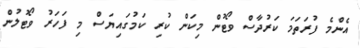
އެންމެ ފުރަތަމަ ކަރުދާސް ވޯޓުން މިކަން ކުރި ކަމުގައިޔަސް މި ފަހަރު ވޯޓުލުން